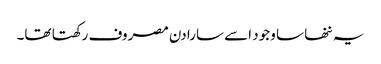
یہ ننھا سا وجود اسے سارا دن مصروف رکھتا تھا۔